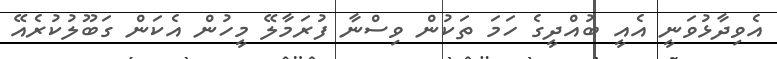
އެވިދާޅުވަނީ އެއީ ބުއްދީގެ ހަމަ ތަކުން ވިސްނާ ފުރަމާލޭ މީހުން އެކަން ގަބޫލުކުރެއޭ